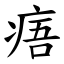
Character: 痦